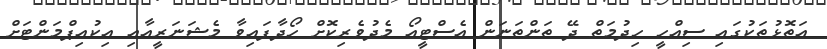
އަތޮޅުތަކުގައި ސިއްހީ ހިދުމަތް ދޭ ތަންތަނަން އެސްޓީއޯ މެދުވެރިކޮށް ހޯދާފައިވާ މެޝަނަރީއާއި އިކުއިޕްމަންޓަށް